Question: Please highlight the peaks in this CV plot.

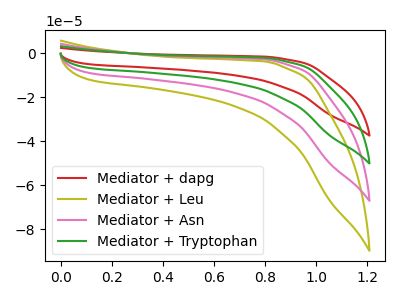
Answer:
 <answer>The red curve "Mediator + dapg" has no peaks. The olive curve "Mediator + Leu" has no peaks. The pink curve "Mediator + Asn" has no peaks. The green curve "Mediator + Tryptophan" has no peaks.</answer>
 <eval></eval>